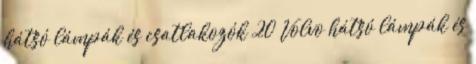
hátsó lámpák és csatlakozók 20 Volvo hátsó lámpák és